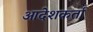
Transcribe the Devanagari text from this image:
आदेशकर्ता